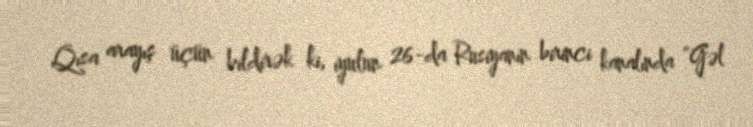
Qısa arayış üçün bildirək ki, iyulun 26-da Rusiyanın birinci kanalında “Gəl